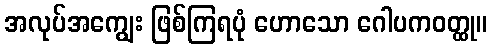
အလုပ်အကျွေး ဖြစ်ကြရပုံ ဟောသော ဂေါပကဝတ္ထု။